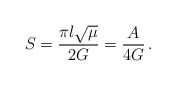
\begin{align*}S=\frac{\pi l\sqrt{\mu}}{2G}=\frac{A}{4G}\,.\end{align*}